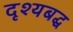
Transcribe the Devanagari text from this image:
दृश्यबद्ध